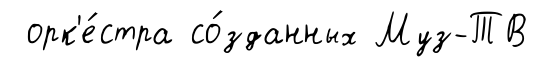
орк'е́стра со́зданных Муз-ТВ